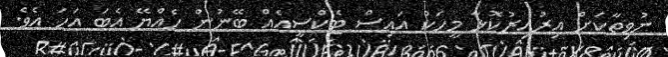
ނުވިތާކަށް އިރުއިރުކޮޅާ މީހަކު އައިސް ޓެކްސީއެއް ބޭނުން ހެއްޔޭ އެބަ އަހަ އެވެ.